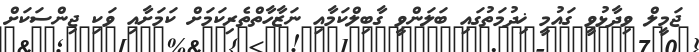
ޖަމީލް ވިދާޅުވީ ގައުމީ ޚިދުމަތުގައި ބަލަންވީ ގާބިލްކަމާއި ނަޒާހާތްތެރިކަމަށް ކަމަށާއި ވަކި ޖިންސަކަށް